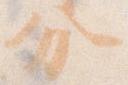
分